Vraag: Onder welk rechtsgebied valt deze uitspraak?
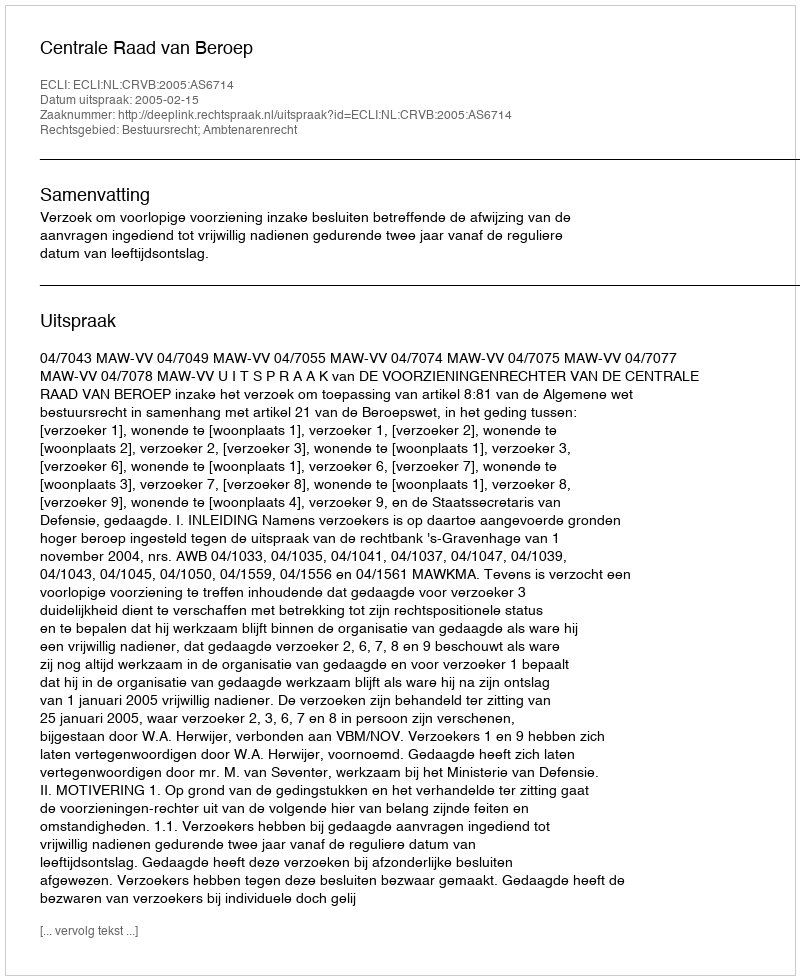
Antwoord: Bestuursrecht; Ambtenarenrecht